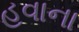
હવાના